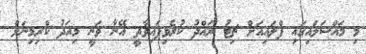
މި މައްސަލައިގައި ފްލައިއަށް ޗިޓު ރައްދު ކުރެވިފައިވާތީ އޭނާ ވަނީ މިއަދު ކްރިމިނަލް